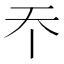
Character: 𡗘